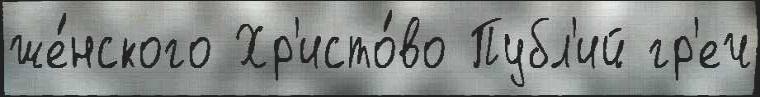
же́нского Хр'исто́во Публ'ий гр'еч